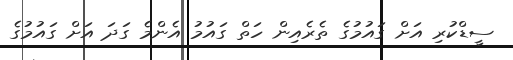
ސީޑްކުރި އަށް ގައުމުގެ ތެރެއިން ހަތް ގައުމު އެންމެ ގަދަ އަށް ގައުމުގެ